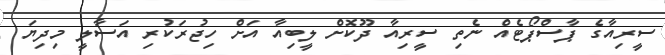
ސީރިއާގެ ޕާސްޕޯޓެއް ނެތި ސީރިއާ ދޫކޮށް ލީބިއާ އަށް ހިޖުރަކުރި އަސާލީ މިދިޔަ